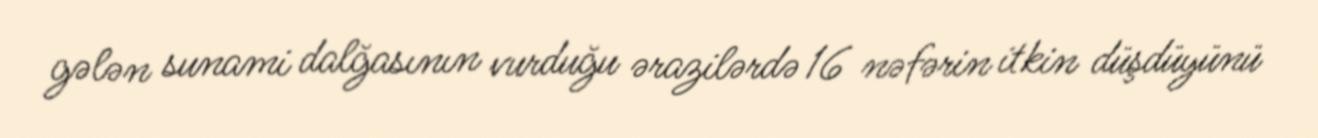
gələn sunami dalğasının vurduğu ərazilərdə 16 nəfərin itkin düşdüyünü